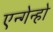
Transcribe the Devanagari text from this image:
एन्गेन्हो